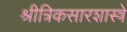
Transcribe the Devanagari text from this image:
श्रीत्रिकसारशास्त्रे